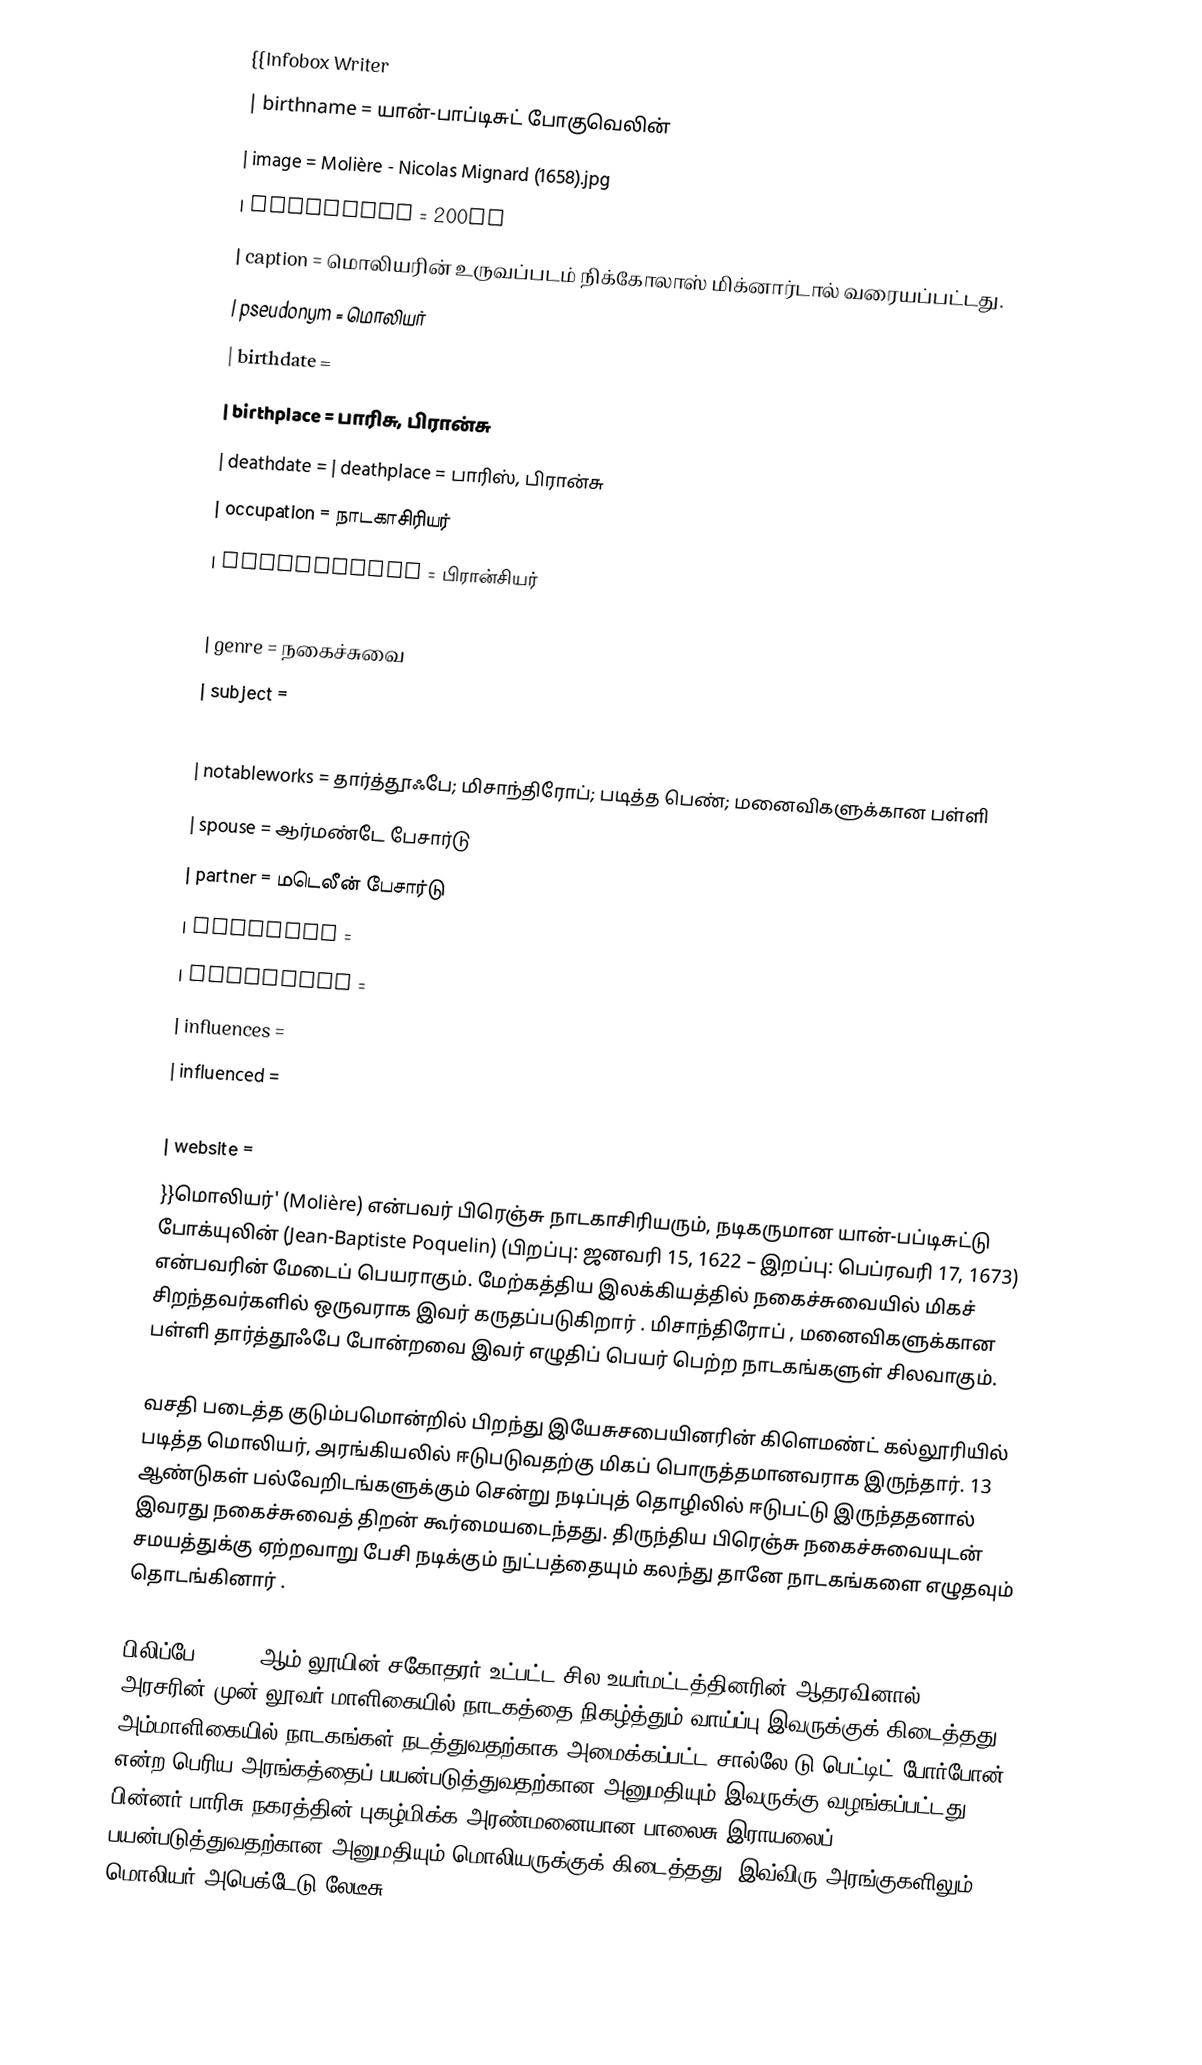
{{Infobox Writer
| birthname        = யான்-பாப்டிசுட் போகுவெலின்
| image       = Molière - Nicolas Mignard (1658).jpg
| imagesize   = 200px
| caption     = மொலியரின் உருவப்படம் நிக்கோலாஸ் மிக்னார்டால் வரையப்பட்டது.
| pseudonym   = மொலியர்
| birthdate  =
| birthplace = பாரிசு, பிரான்சு
| deathdate  =  | deathplace = பாரிஸ், பிரான்சு
| occupation  = நாடகாசிரியர்
| nationality = பிரான்சியர்
| period      = 1645-1673
| genre       = நகைச்சுவை
| subject     =
| movement    =
| notableworks = தார்த்தூஃபே; மிசாந்திரோப்; படித்த பெண்; மனைவிகளுக்கான பள்ளி
| spouse      = ஆர்மண்டே பேசார்டு
| partner     = மடெலீன் பேசார்டு
| children    =
| relatives   =
| influences  =
| influenced  =
| signature   =
| website     =
}}மொலியர்'  (Molière)  என்பவர் பிரெஞ்சு நாடகாசிரியரும், நடிகருமான யான்-பப்டிசுட்டு போக்யுலின் (Jean-Baptiste Poquelin) (பிறப்பு: ஜனவரி 15, 1622 – இறப்பு: பெப்ரவரி 17, 1673) என்பவரின் மேடைப் பெயராகும். மேற்கத்திய இலக்கியத்தில் நகைச்சுவையில் மிகச் சிறந்தவர்களில் ஒருவராக இவர் கருதப்படுகிறார் . மிசாந்திரோப் , மனைவிகளுக்கான பள்ளி  தார்த்தூஃபே  போன்றவை இவர் எழுதிப் பெயர் பெற்ற நாடகங்களுள் சிலவாகும்.

வசதி படைத்த குடும்பமொன்றில் பிறந்து இயேசுசபையினரின் கிளெமண்ட் கல்லூரியில் படித்த மொலியர், அரங்கியலில் ஈடுபடுவதற்கு மிகப் பொருத்தமானவராக இருந்தார். 13 ஆண்டுகள் பல்வேறிடங்களுக்கும் சென்று நடிப்புத் தொழிலில் ஈடுபட்டு இருந்ததனால் இவரது நகைச்சுவைத் திறன் கூர்மையடைந்தது. திருந்திய பிரெஞ்சு நகைச்சுவையுடன் சமயத்துக்கு ஏற்றவாறு பேசி நடிக்கும் நுட்பத்தையும் கலந்து தானே நாடகங்களை எழுதவும் தொடங்கினார் .

பிலிப்பே I , 14 ஆம் லூயின் சகோதரர் உட்பட்ட சில உயர்மட்டத்தினரின் ஆதரவினால், அரசரின் முன் லூவர் மாளிகையில் நாடகத்தை நிகழ்த்தும் வாய்ப்பு இவருக்குக் கிடைத்தது. அம்மாளிகையில் நாடகங்கள் நடத்துவதற்காக அமைக்கப்பட்ட சால்லே டு பெட்டிட் போர்போன் என்ற பெரிய அரங்கத்தைப் பயன்படுத்துவதற்கான அனுமதியும் இவருக்கு வழங்கப்பட்டது. பின்னர் பாரிசு நகரத்தின் புகழ்மிக்க அரண்மனையான பாலைசு இராயலைப் பயன்படுத்துவதற்கான அனுமதியும் மொலியருக்குக் கிடைத்தது. இவ்விரு அரங்குகளிலும் மொலியர் அபெக்டேடு லேடீசு,